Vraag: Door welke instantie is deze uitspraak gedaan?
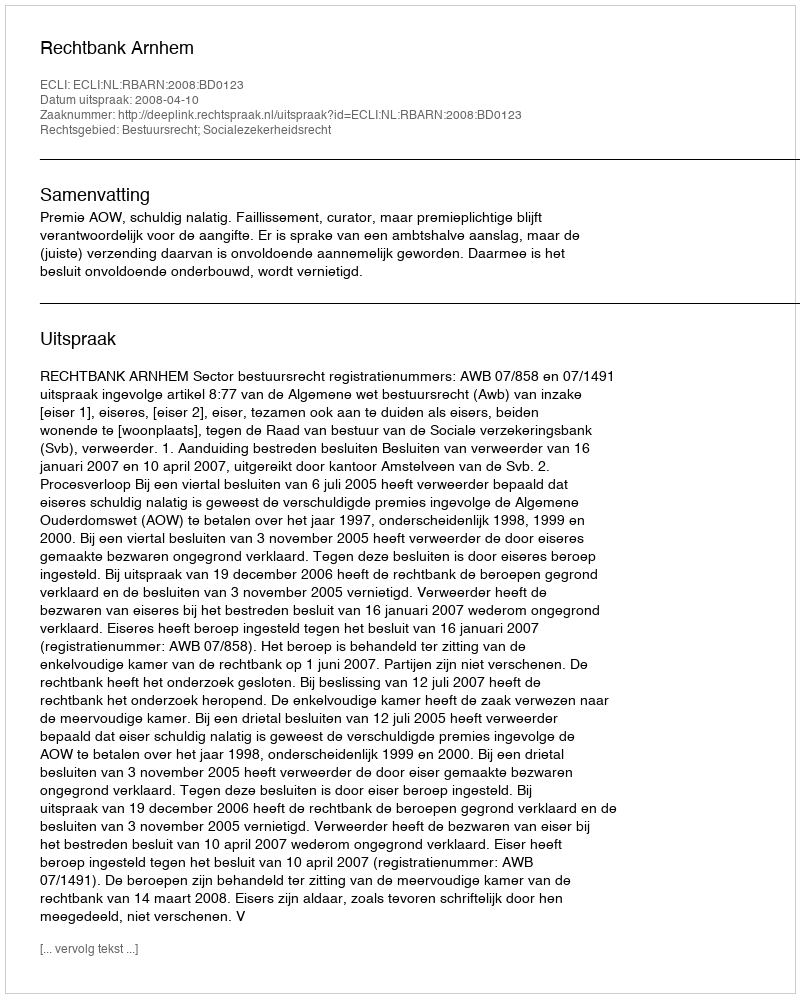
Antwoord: Rechtbank Arnhem